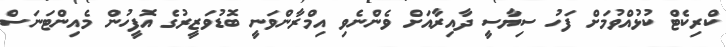
ކްރިކެޓް ކުޅުުއްވުމަށް ފަހު ސިޔާސީ ދާއިރާއަށް ވެންނެވި އިމްރާންވަނީ ބޮޑުވަޒީރުގެ އޮފީހުން މެއިންޓަނަސް